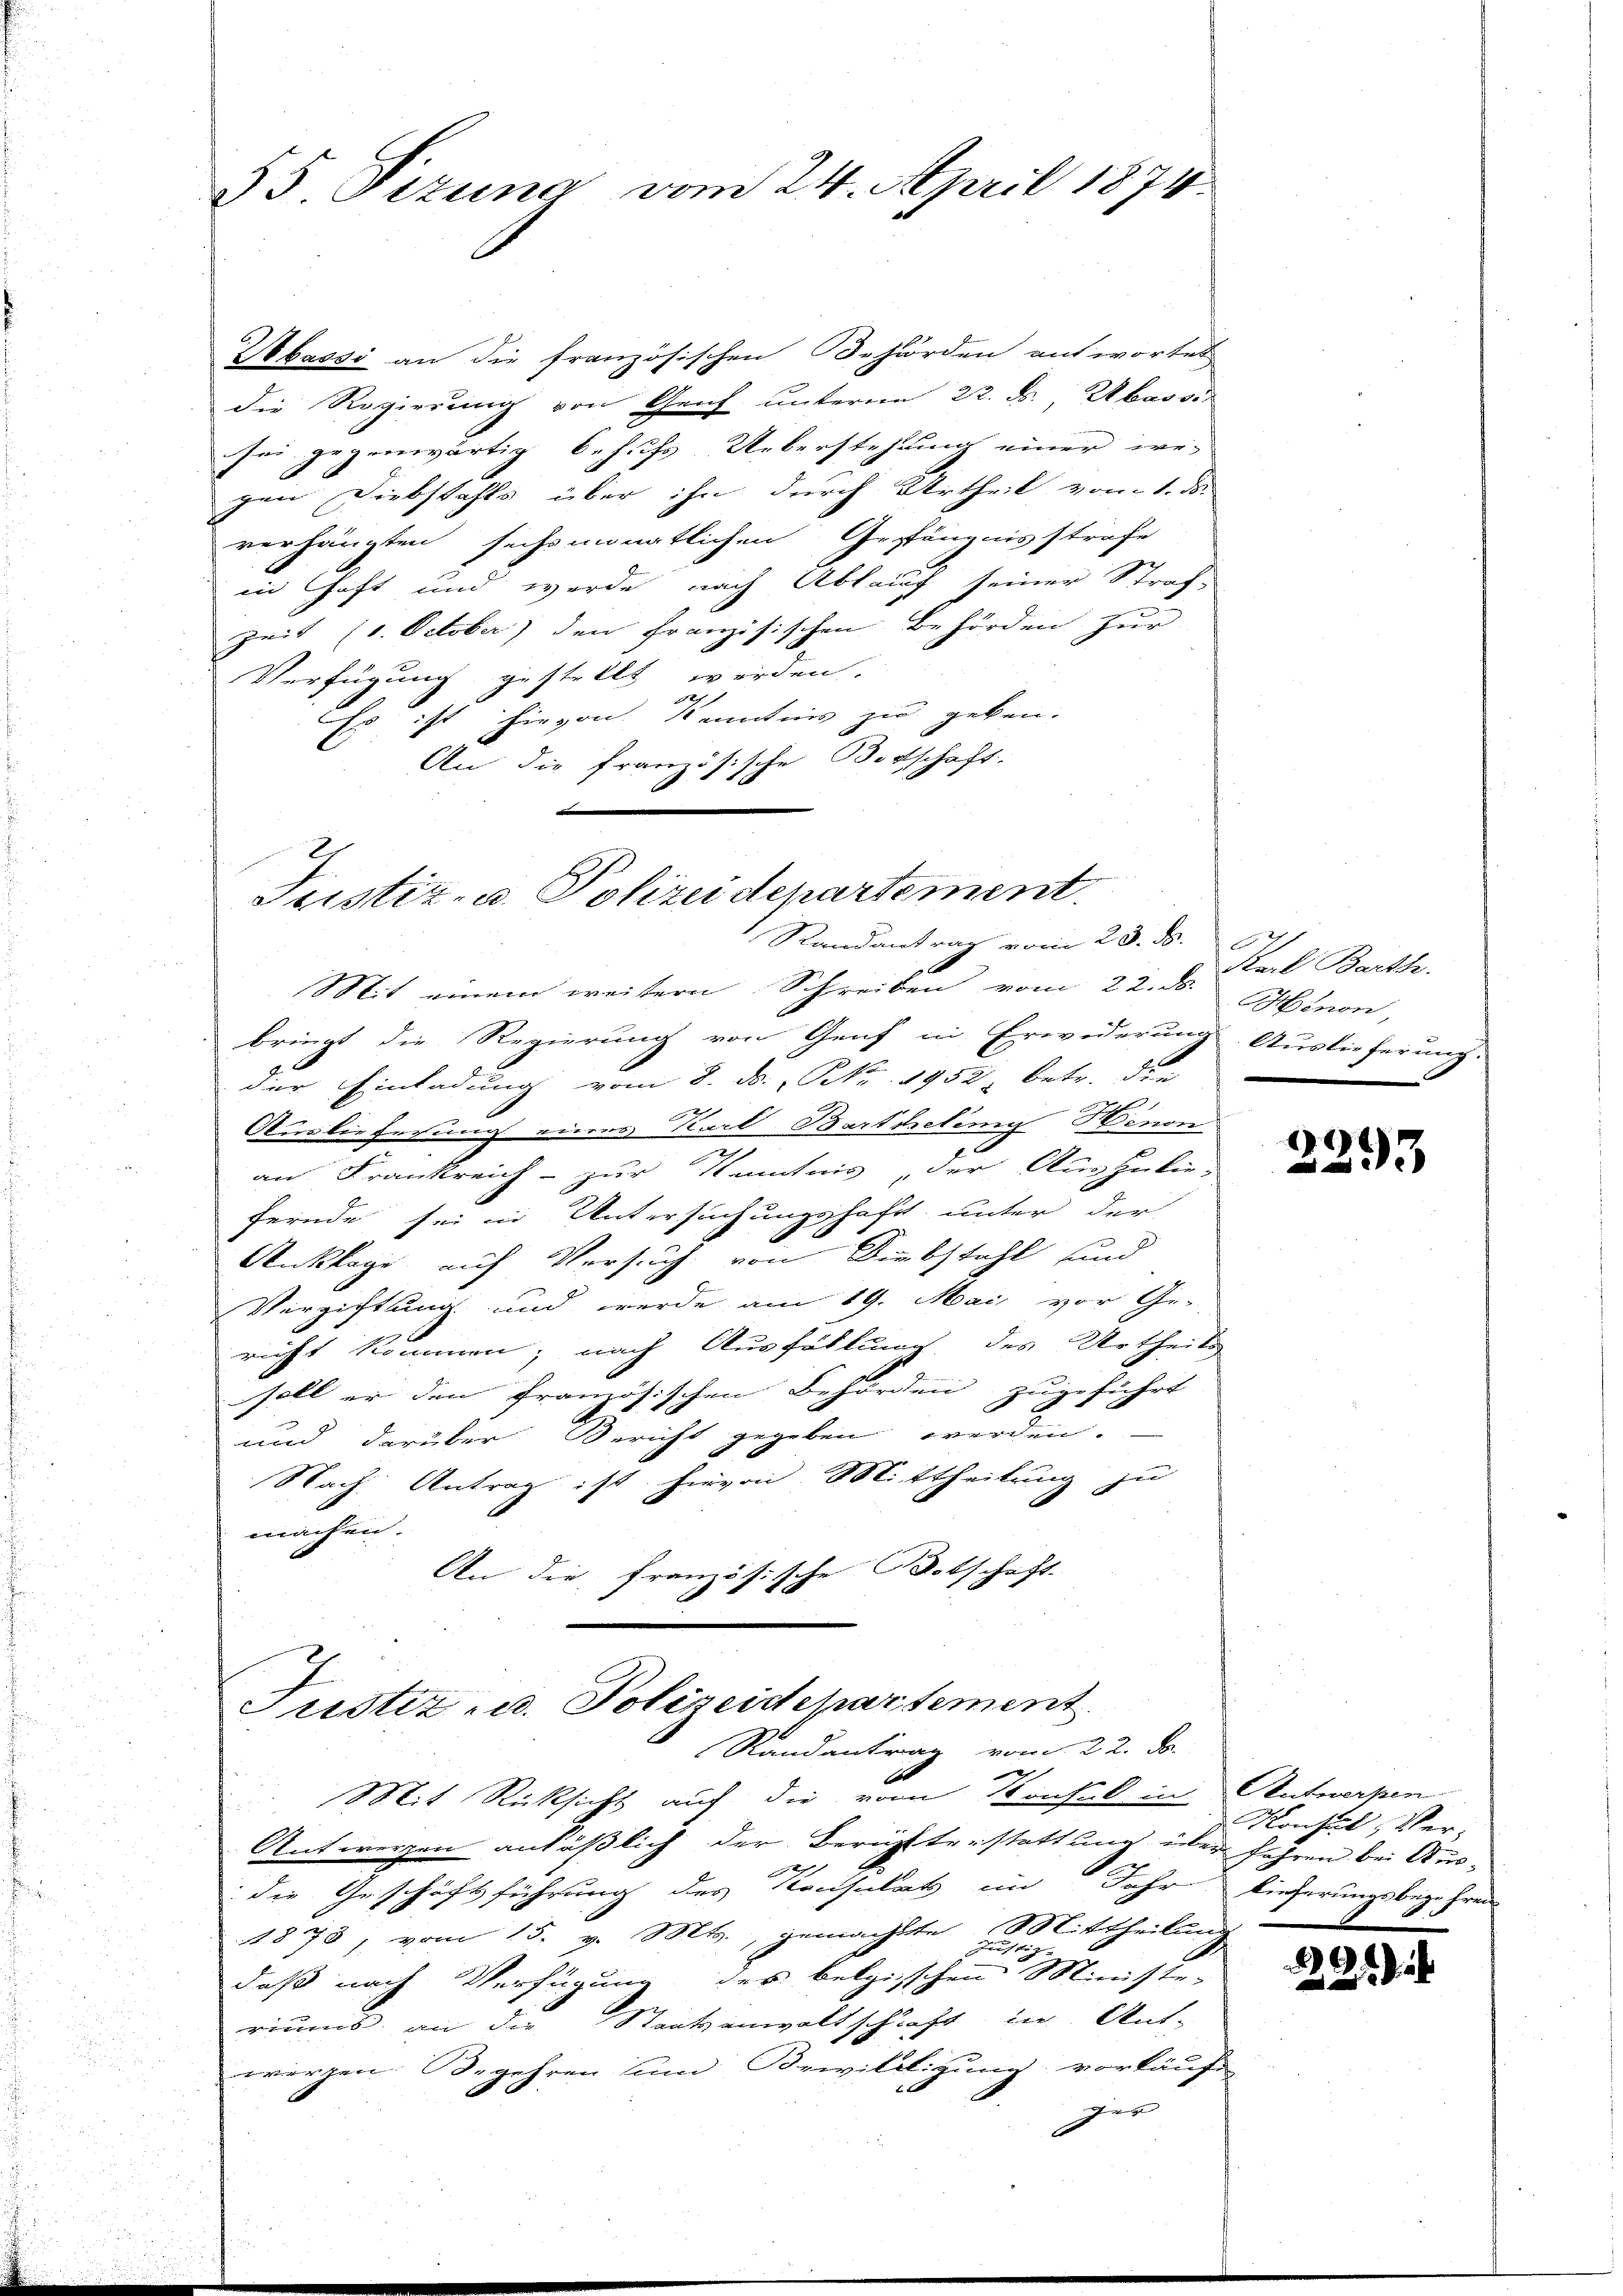
§5 Sizung vom 24. April 1874.

Wbassi an die französischen Behörden antwortet
die Regierung von Genf unterm 22. ds., bess
sei gegenwärtig behufs Ueberstehung einer irr-
gen Diebstahls über ihn durch Urtheil vom 1. ds.
verhängten sechsmonatlichen Gepfängnisstrafe
in haft und wurde nach Ablauf seiner Straf-
zeit (1. October) den Französischen Behörden zur
Verfügung gestellt werden.
127
Es ist hievon Kenntnis zu geben.
An die französische Botschaft
Mit einem weitern Schreiben vom 22. ds. Minon,
bringt die Regierung von Genf in Erwiderungs Auslieferung.
2.
der Einladung vom 8. d. P. Nr. 1952, betr. die |
Auslieferung eines Karl Bartretung Henon
an Frankreich zur Kenntnis, der Auszubie-
fernde sei in Untersuchungshaft unter der
Anklage auf Versuch von Diebstahl und
Vergiftung und werde am 19. Mai vor Ge-
richt kommen; nach Ausfüllung des Urtheils
soll er den französischen Behörden zugeführt
und darüber Bericht gegeben werden.
Nach Antrag ist hievon Mittheilung zu
machen.
An die französische Botschaft

Justiz- u. Polizeidepartement.
Randantrag vom 23. ds.

Justiz u. Polizeidepartement.
Randantrag vom 22. ds.

Karl Barth.

Mit Rücksicht auf die vom 14 aus in Antwerpen
Antwerzen anläßlich der Berichterstattung über fahren bei Ausi
die Geschäftsführung des Konsulat im Jahr lieferungsbege Frei
1873, vom 15. v. Mts., gemachte Mittheilung

daß nach Verfügung des belgischen Ministe-
riums an die Staatsanwaltschaft die Ant-
werzen. Begehren und Bewilligung vorkäufe
x
ger

8
23

Konsul, Ver¬

221)